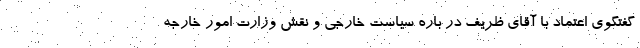
گفتگوی اعتماد با آقای ظریف در باره سیاست خارجی و نقش وزارت امور خارجه